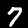
Digit: 7